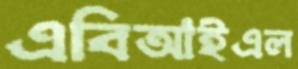
এবিআইএল